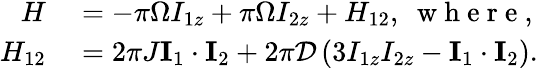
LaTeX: \begin{array}{rl}{{}H}&{{}=-\pi\Omega I_{1z}+\pi\Omega I_{2z}+H_{12},~\mathrm{~w~h~e~r~e~,~}}\\ {H_{12}}&{{}=2\pi J\mathbf{I}_{1}\cdot\mathbf{I}_{2}+2\pi\mathcal{D}\left(3I_{1z}I_{2z}-\mathbf{I}_{1}\cdot\mathbf{I}_{2}\right).}\end{array}